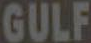
GULF